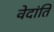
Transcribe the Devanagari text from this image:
वेदांति